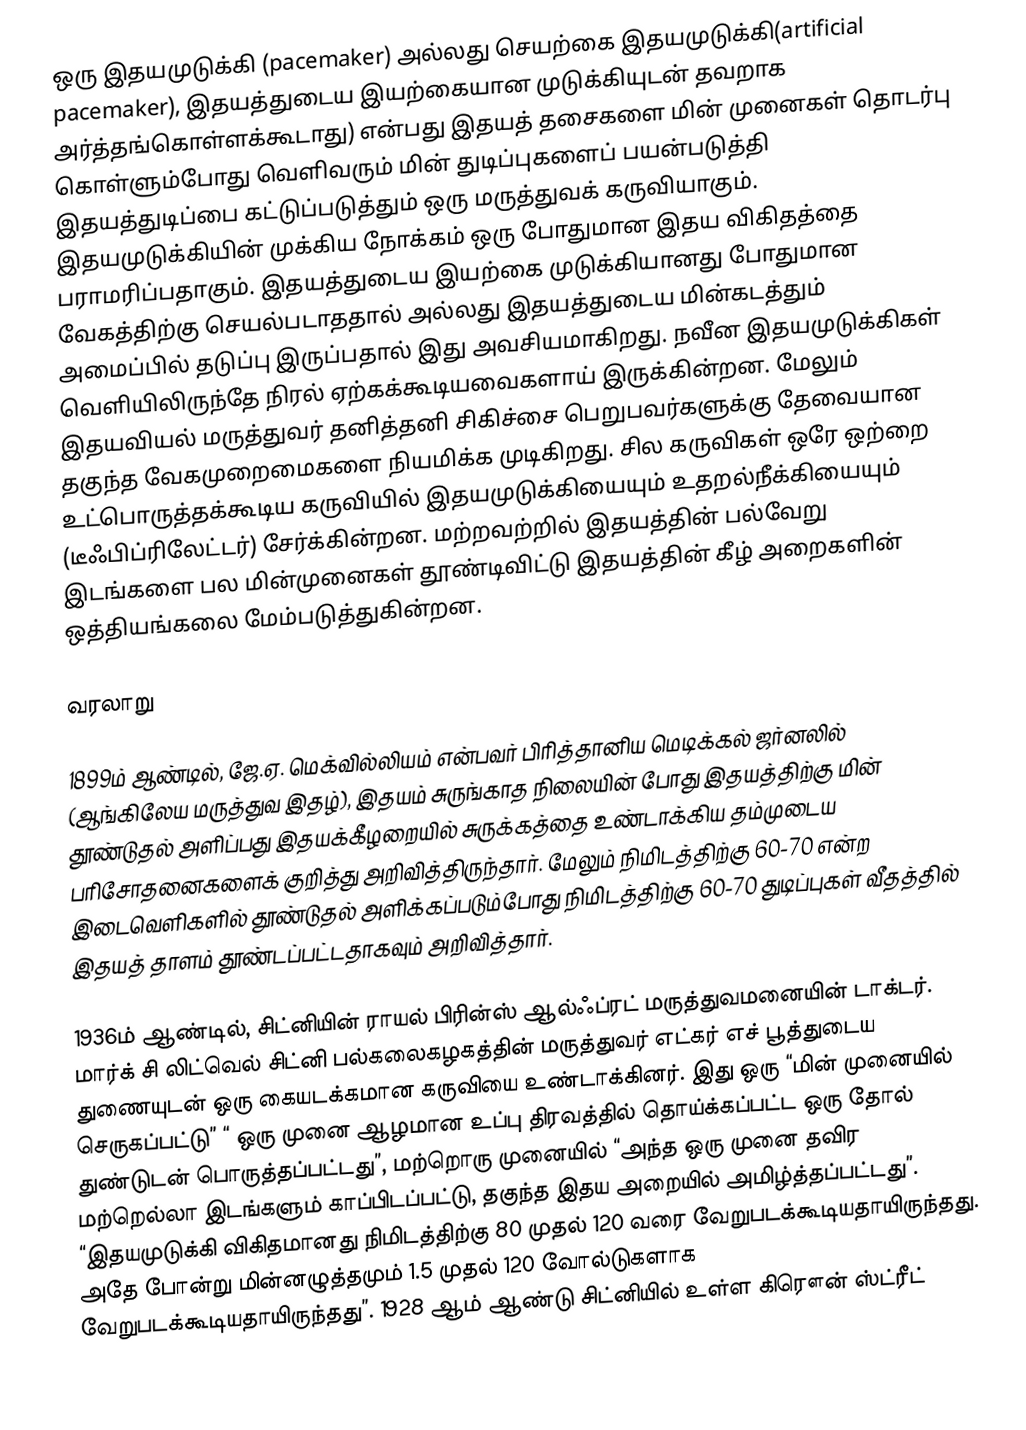
ஒரு இதயமுடுக்கி (pacemaker) அல்லது செயற்கை இதயமுடுக்கி(artificial pacemaker), இதயத்துடைய இயற்கையான முடுக்கியுடன் தவறாக அர்த்தங்கொள்ளக்கூடாது) என்பது இதயத் தசைகளை மின் முனைகள் தொடர்பு கொள்ளும்போது வெளிவரும் மின் துடிப்புகளைப் பயன்படுத்தி இதயத்துடிப்பை கட்டுப்படுத்தும் ஒரு மருத்துவக் கருவியாகும். இதயமுடுக்கியின் முக்கிய நோக்கம் ஒரு போதுமான இதய விகிதத்தை பராமரிப்பதாகும். இதயத்துடைய இயற்கை முடுக்கியானது போதுமான வேகத்திற்கு செயல்படாததால் அல்லது இதயத்துடைய மின்கடத்தும் அமைப்பில் தடுப்பு இருப்பதால் இது அவசியமாகிறது. நவீன இதயமுடுக்கிகள் வெளியிலிருந்தே நிரல் ஏற்கக்கூடியவைகளாய் இருக்கின்றன. மேலும் இதயவியல் மருத்துவர் தனித்தனி சிகிச்சை பெறுபவர்களுக்கு தேவையான தகுந்த வேகமுறைமைகளை நியமிக்க முடிகிறது. சில கருவிகள் ஒரே ஒற்றை உட்பொருத்தக்கூடிய கருவியில் இதயமுடுக்கியையும் உதறல்நீக்கியையும் (டீஃபிப்ரிலேட்டர்) சேர்க்கின்றன. மற்றவற்றில் இதயத்தின் பல்வேறு இடங்களை பல மின்முனைகள் தூண்டிவிட்டு இதயத்தின் கீழ் அறைகளின் ஒத்தியங்கலை மேம்படுத்துகின்றன.

வரலாறு

1899ம் ஆண்டில், ஜே.ஏ. மெக்வில்லியம் என்பவர் பிரித்தானிய மெடிக்கல் ஜர்னலில் (ஆங்கிலேய மருத்துவ இதழ்), இதயம் சுருங்காத நிலையின் போது இதயத்திற்கு மின் தூண்டுதல் அளிப்பது இதயக்கீழறையில் சுருக்கத்தை உண்டாக்கிய தம்முடைய பரிசோதனைகளைக் குறித்து அறிவித்திருந்தார். மேலும் நிமிடத்திற்கு 60-70 என்ற இடைவெளிகளில் தூண்டுதல் அளிக்கப்படும்போது நிமிடத்திற்கு 60-70 துடிப்புகள் வீதத்தில் இதயத் தாளம் தூண்டப்பட்டதாகவும் அறிவித்தார்.

1936ம் ஆண்டில், சிட்னியின் ராயல் பிரின்ஸ் ஆல்ஃப்ரட் மருத்துவமனையின் டாக்டர். மார்க் சி லிட்வெல் சிட்னி பல்கலைகழகத்தின் மருத்துவர் எட்கர் எச் பூத்துடைய துணையுடன் ஒரு கையடக்கமான கருவியை உண்டாக்கினர். இது ஒரு “மின் முனையில் செருகப்பட்டு” “ ஒரு முனை ஆழமான உப்பு திரவத்தில் தொய்க்கப்பட்ட ஒரு தோல் துண்டுடன் பொருத்தப்பட்டது”, மற்றொரு முனையில் “அந்த ஒரு முனை தவிர மற்றெல்லா இடங்களும் காப்பிடப்பட்டு, தகுந்த இதய அறையில் அமிழ்த்தப்பட்டது”. “இதயமுடுக்கி விகிதமானது நிமிடத்திற்கு 80 முதல் 120 வரை வேறுபடக்கூடியதாயிருந்தது. அதே போன்று மின்னழுத்தமும் 1.5 முதல் 120 வோல்டுகளாக வேறுபடக்கூடியதாயிருந்தது”. 1928 ஆம் ஆண்டு சிட்னியில் உள்ள கிரௌன் ஸ்ட்ரீட்